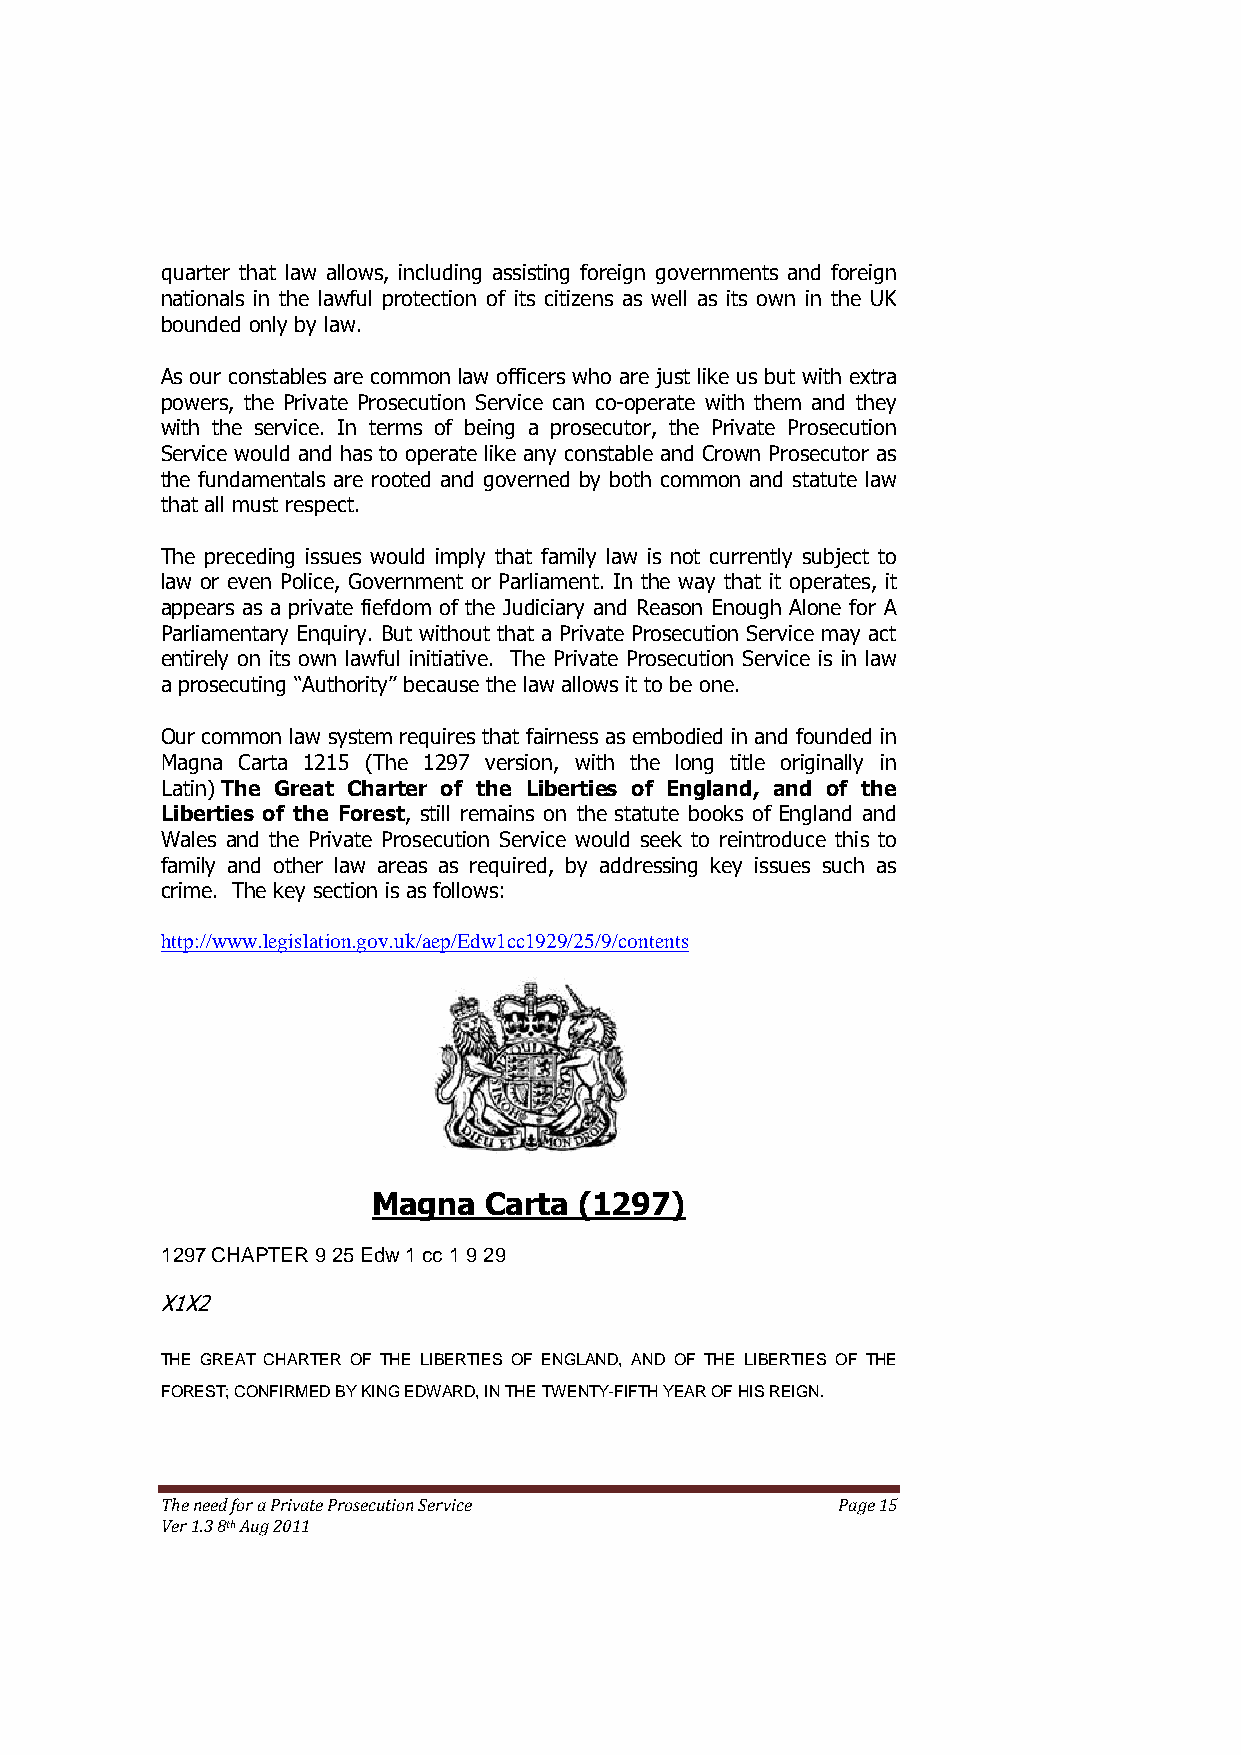
quarter that law allows, including assisting foreign governments and foreign
 nationals in the lawful protection of its citizens as well as its own in the UK
 bounded only by law.
 As our constables are common law officers who are just like us but with extra
 powers, the Private Prosecution Service can co-operate with them and they
 with the service. In terms of being a prosecutor, the Private Prosecution
 Service would and has to operate like any constable and Crown Prosecutor as
 the fundamentals are rooted and governed by both common and statute law
 that all must respect.
 The preceding issues would imply that family law is not currently subject to
 law or even Police, Government or Parliament. In the way that it operates, it
 appears as a private fiefdom of the Judiciary and Reason Enough Alone for A
 Parliamentary Enquiry. But without that a Private Prosecution Service may act
 entirely on its own lawful initiative. The Private Prosecution Service is in law
 a prosecuting ―Authority‖ because the law allows it to be one.
 Our common law system requires that fairness as embodied in and founded in
 Magna Carta 1215 (The 1297 version, with the long title originally in
 Latin) The Great Charter of the Liberties of England, and of the
 Liberties of the Forest, still remains on the statute books of England and
 Wales and the Private Prosecution Service would seek to reintroduce this to
 family and other law areas as required, by addressing key issues such as
 crime. The key section is as follows:
 http://www.legislation.gov.uk/aep/Edw1cc1929/25/9/contents
 Magna  Carta (1297)
 1297 CHAPTER 9 25 Edw 1 cc 1 9 29
 X1X2
 THE GREAT CHARTER OF THE LIBERTIES OF ENGLAND, AND OF THE LIBERTIES OF THE
 FOREST; CONFIRMED BY KING EDWARD, IN THE TWENTY-FIFTH YEAR OF HIS REIGN.
 The need for a Private Prosecution Service  Page 15
 Ver 1.3 8th Aug 2011